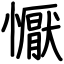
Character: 懨